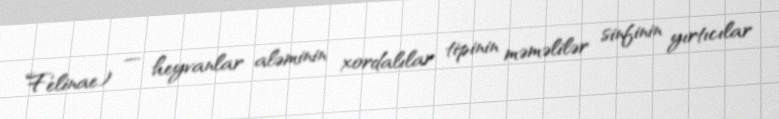
Felinae) — heyvanlar aləminin xordalılar tipinin məməlilər sinfinin yırtıcılar